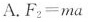
A.$$F_{2} = m a$$